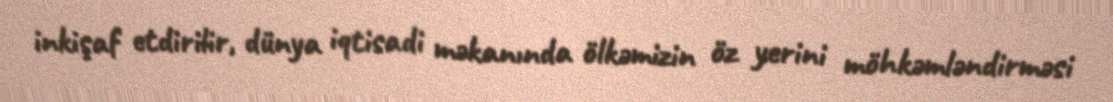
inkişaf etdirilir, dünya iqtisadi məkanında ölkəmizin öz yerini möhkəmləndirməsi